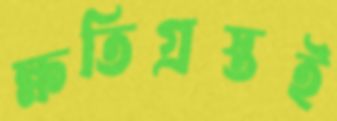
ক্ষতিগ্রস্তই